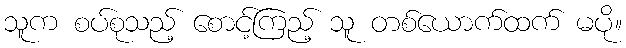
သူက စပ်စုသည့် စောင့်ကြည့် သူ တစ်ယောက်ထက် မပို။